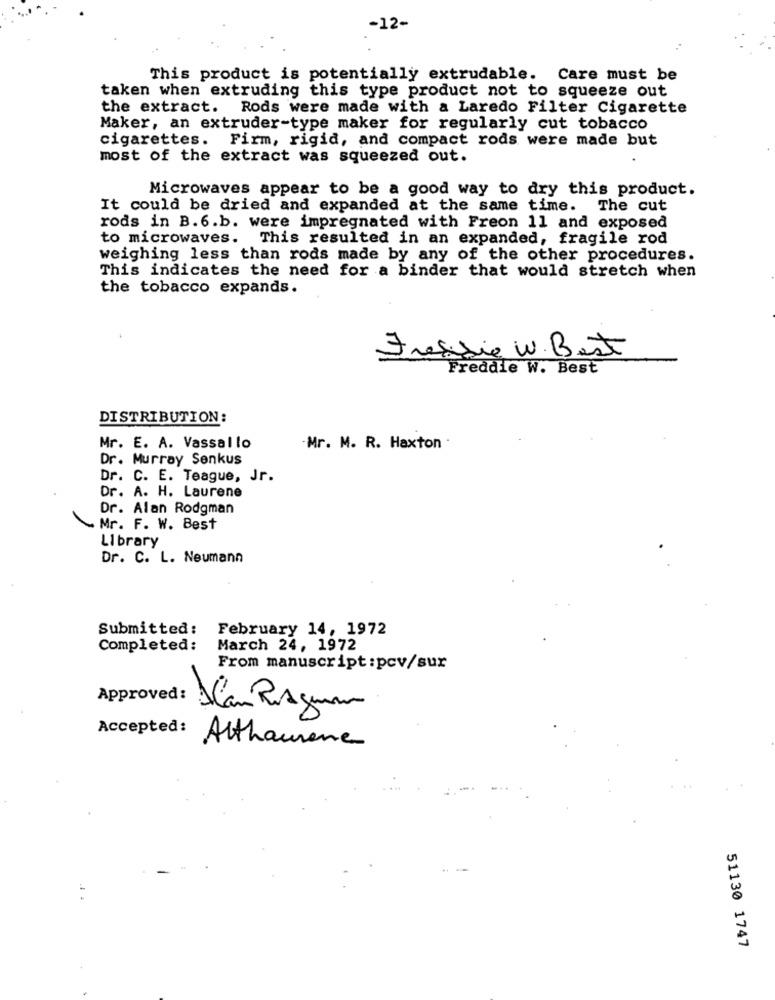
-12-
This product is potentially extrudable. Care must be
taken when extruding this type product not to squeeze out
the extract. Rods were made with a Laredo Filter Cigarette
Maker, an extruder-type maker for regularly cut tobacco
cigarettes. Firm, rigid, and compact rods were made but
most of the extract was squeezed out.
Microwaves appear to be a good way to dry this product.
It could be dried and expanded at the same time. The cut
rods in B.6.b. were impregnated with Freon 11 and exposed
to microwaves. This resulted in an expanded, fragile rod
weighing less than rods made by any of the other procedures.
This indicates the need for a binder that would stretch when
the tobacco expands.
Frasidie W. Best
Freddie W. Best
DISTRIBUTION:
Mr. E. A. Vassallo
Mr. M. R. Haxton .
Dr. Murray Senkus
Dr. C. E. Teague, Jr.
Dr. A. H. Laurene
Dr. Alan Rodgman
~ Mr. F. W. Best
Library
Dr. C. L. Neumann
Submitted: February 14, 1972
Completed:
March 24, 1972
From manuscript :pcv/sur
Approved:
Can Ragum
Accepted:
Atthaurene
51130 1747